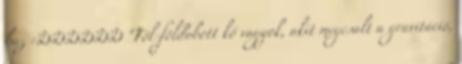
baz :DDDDDD "Föl-földobott kő vagyok, akit megcsalt a gravitáció,